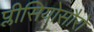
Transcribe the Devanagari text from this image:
प्लीसियोसौरों